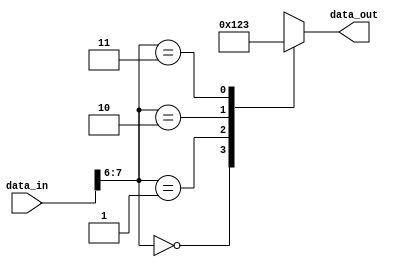
module example_module(
    input wire [7:0] data_in,
    output reg [3:0] data_out
);

always @* begin
    casez(data_in)
        8'b00??_????: data_out = 4'b0000;
        8'b01??_????: data_out = 4'b0001;
        8'b10??_????: data_out = 4'b0010;
        8'b11??_????: data_out = 4'b0011;
        default: data_out = 4'bXXXX; // Don't care value
    endcase
end

endmodule